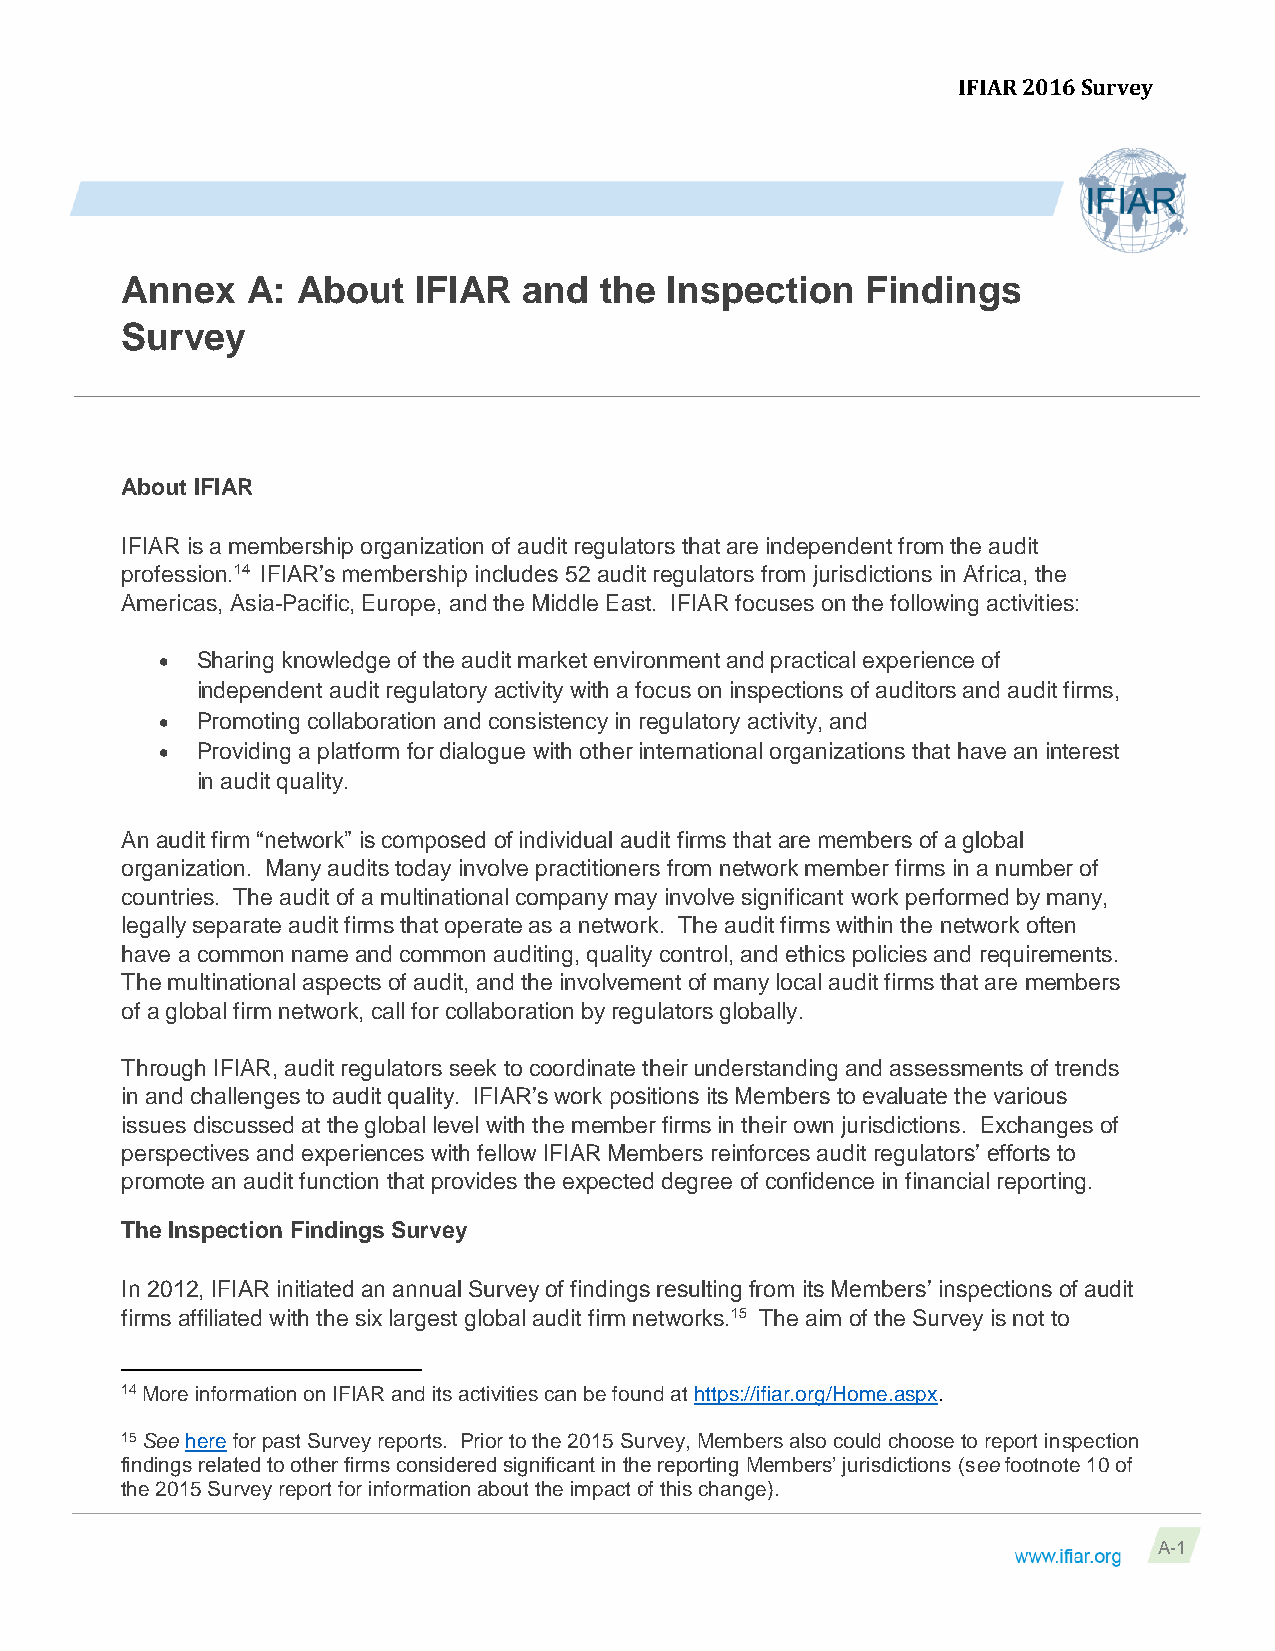
IFIAR 2016 Survey
 Annex   A:  About  IFIAR   and  the Inspection   Findings
 Survey
 About IFIAR
 IFIAR is a membership organization of audit regulators that are independent from the audit
 profession.14 IFIAR’s membership includes 52 audit regulators from jurisdictions in Africa, the
 Americas, Asia-Pacific, Europe, and the Middle East. IFIAR focuses on the following activities:
  Sharing knowledge of the audit market environment and practical experience of
 independent audit regulatory activity with a focus on inspections of auditors and audit firms,
  Promoting collaboration and consistency in regulatory activity, and
  Providing a platform for dialogue with other international organizations that have an interest
 in audit quality.
 An audit firm “network” is composed of individual audit firms that are members of a global
 organization. Many audits today involve practitioners from network member firms in a number of
 countries. The audit of a multinational company may involve significant work performed by many,
 legally separate audit firms that operate as a network. The audit firms within the network often
 have a common name and common auditing, quality control, and ethics policies and requirements.
 The multinational aspects of audit, and the involvement of many local audit firms that are members
 of a global firm network, call for collaboration by regulators globally.
 Through IFIAR, audit regulators seek to coordinate their understanding and assessments of trends
 in and challenges to audit quality. IFIAR’s work positions its Members to evaluate the various
 issues discussed at the global level with the member firms in their own jurisdictions. Exchanges of
 perspectives and experiences with fellow IFIAR Members reinforces audit regulators’ efforts to
 promote an audit function that provides the expected degree of confidence in financial reporting.
 The Inspection Findings Survey
 In 2012, IFIAR initiated an annual Survey of findings resulting from its Members’ inspections of audit
 firms affiliated with the six largest global audit firm networks.15 The aim of the Survey is not to
 14 More information on IFIAR and its activities can be found at https://ifiar.org/Home.aspx.
 15 See here for past Survey reports. Prior to the 2015 Survey, Members also could choose to report inspection
 findings related to other firms considered significant in the reporting Members’ jurisdictions (see footnote 10 of
 the 2015 Survey report for information about the impact of this change).
 A-1